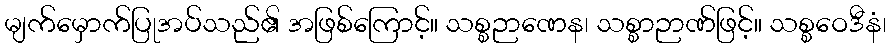
မျက်မှောက်ပြုအပ်သည်၏ အဖြစ်ကြောင့်။ သစ္စဉာဏေန၊ သစ္စာဉာဏ်ဖြင့်။ သစ္စဝေဒီနံ၊